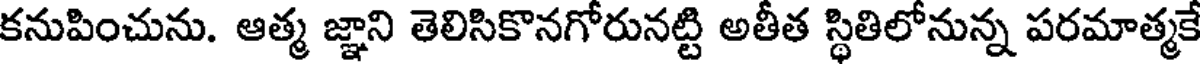
కనుపించును. ఆత్మ జ్ఞాని తెలిసికొనగోరునట్టి అతీత స్థితిలోనున్న పరమాత్మక